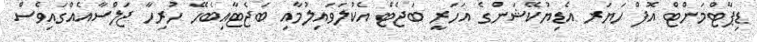
ޑިޕާޓްމަންޓް އޮފް ހަޔަރ އެޑިޔުކޭޝަންގެ އަހަރީ ބަޖެޓް އެކުލަވައިލުމާއި ބަޖެޓާއިބެހޭ ހުރިހާ ޖަލްސާއެއްގައިވެސް